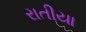
રાતીયા